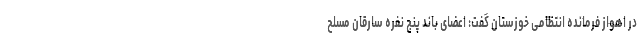
در اهواز فرمانده انتظامی خوزستان گفت: اعضای باند پنج نفره سارقان مسلح